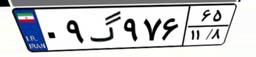
۰۹گ۹۷۶۶۵